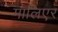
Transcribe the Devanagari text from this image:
मालिएर